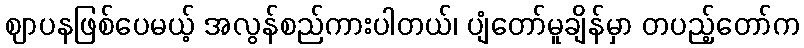
ဈာပနဖြစ်ပေမယ့် အလွန်စည်ကားပါတယ်၊ ပျံတော်မူချိန်မှာ တပည့်တော်က